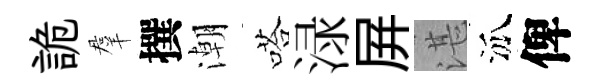
詭羣撰潮嗒渌屛湛泒俾